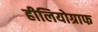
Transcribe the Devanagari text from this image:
हीलियोग्राफ